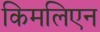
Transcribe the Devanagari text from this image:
किमलिएन